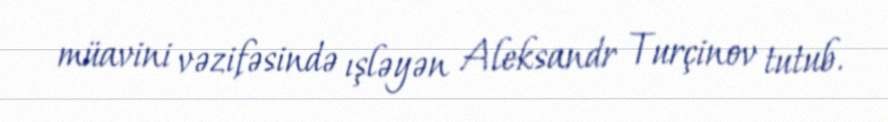
müavini vəzifəsində ışləyən Aleksandr Turçinov tutub.